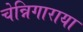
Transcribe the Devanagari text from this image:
चेन्निगाराया